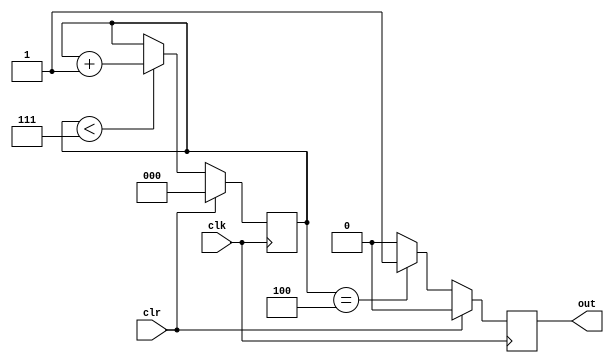
module counter_delay ( input wire clk, input wire clr, output reg out);

reg [2:0] counter=0;



always @(posedge clk) begin
    if(clr) begin
        out <= 0;
        counter<=0;
    end
    else
    begin
        if(counter<7) counter <= counter+1;
        out <= (counter==4) ? 1:0;
    end
    
end

    
endmodule